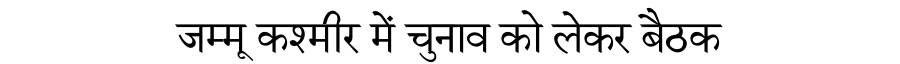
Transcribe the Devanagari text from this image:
जम्मू कश्मीर में चुनाव को लेकर बैठक